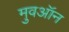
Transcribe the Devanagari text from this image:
मुवऑन